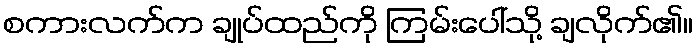
စကားလက်က ချုပ်ထည်ကို ကြမ်းပေါ်သို့ ချလိုက်၏။